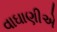
વાઘાણીએ